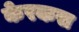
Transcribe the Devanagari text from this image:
केरकस